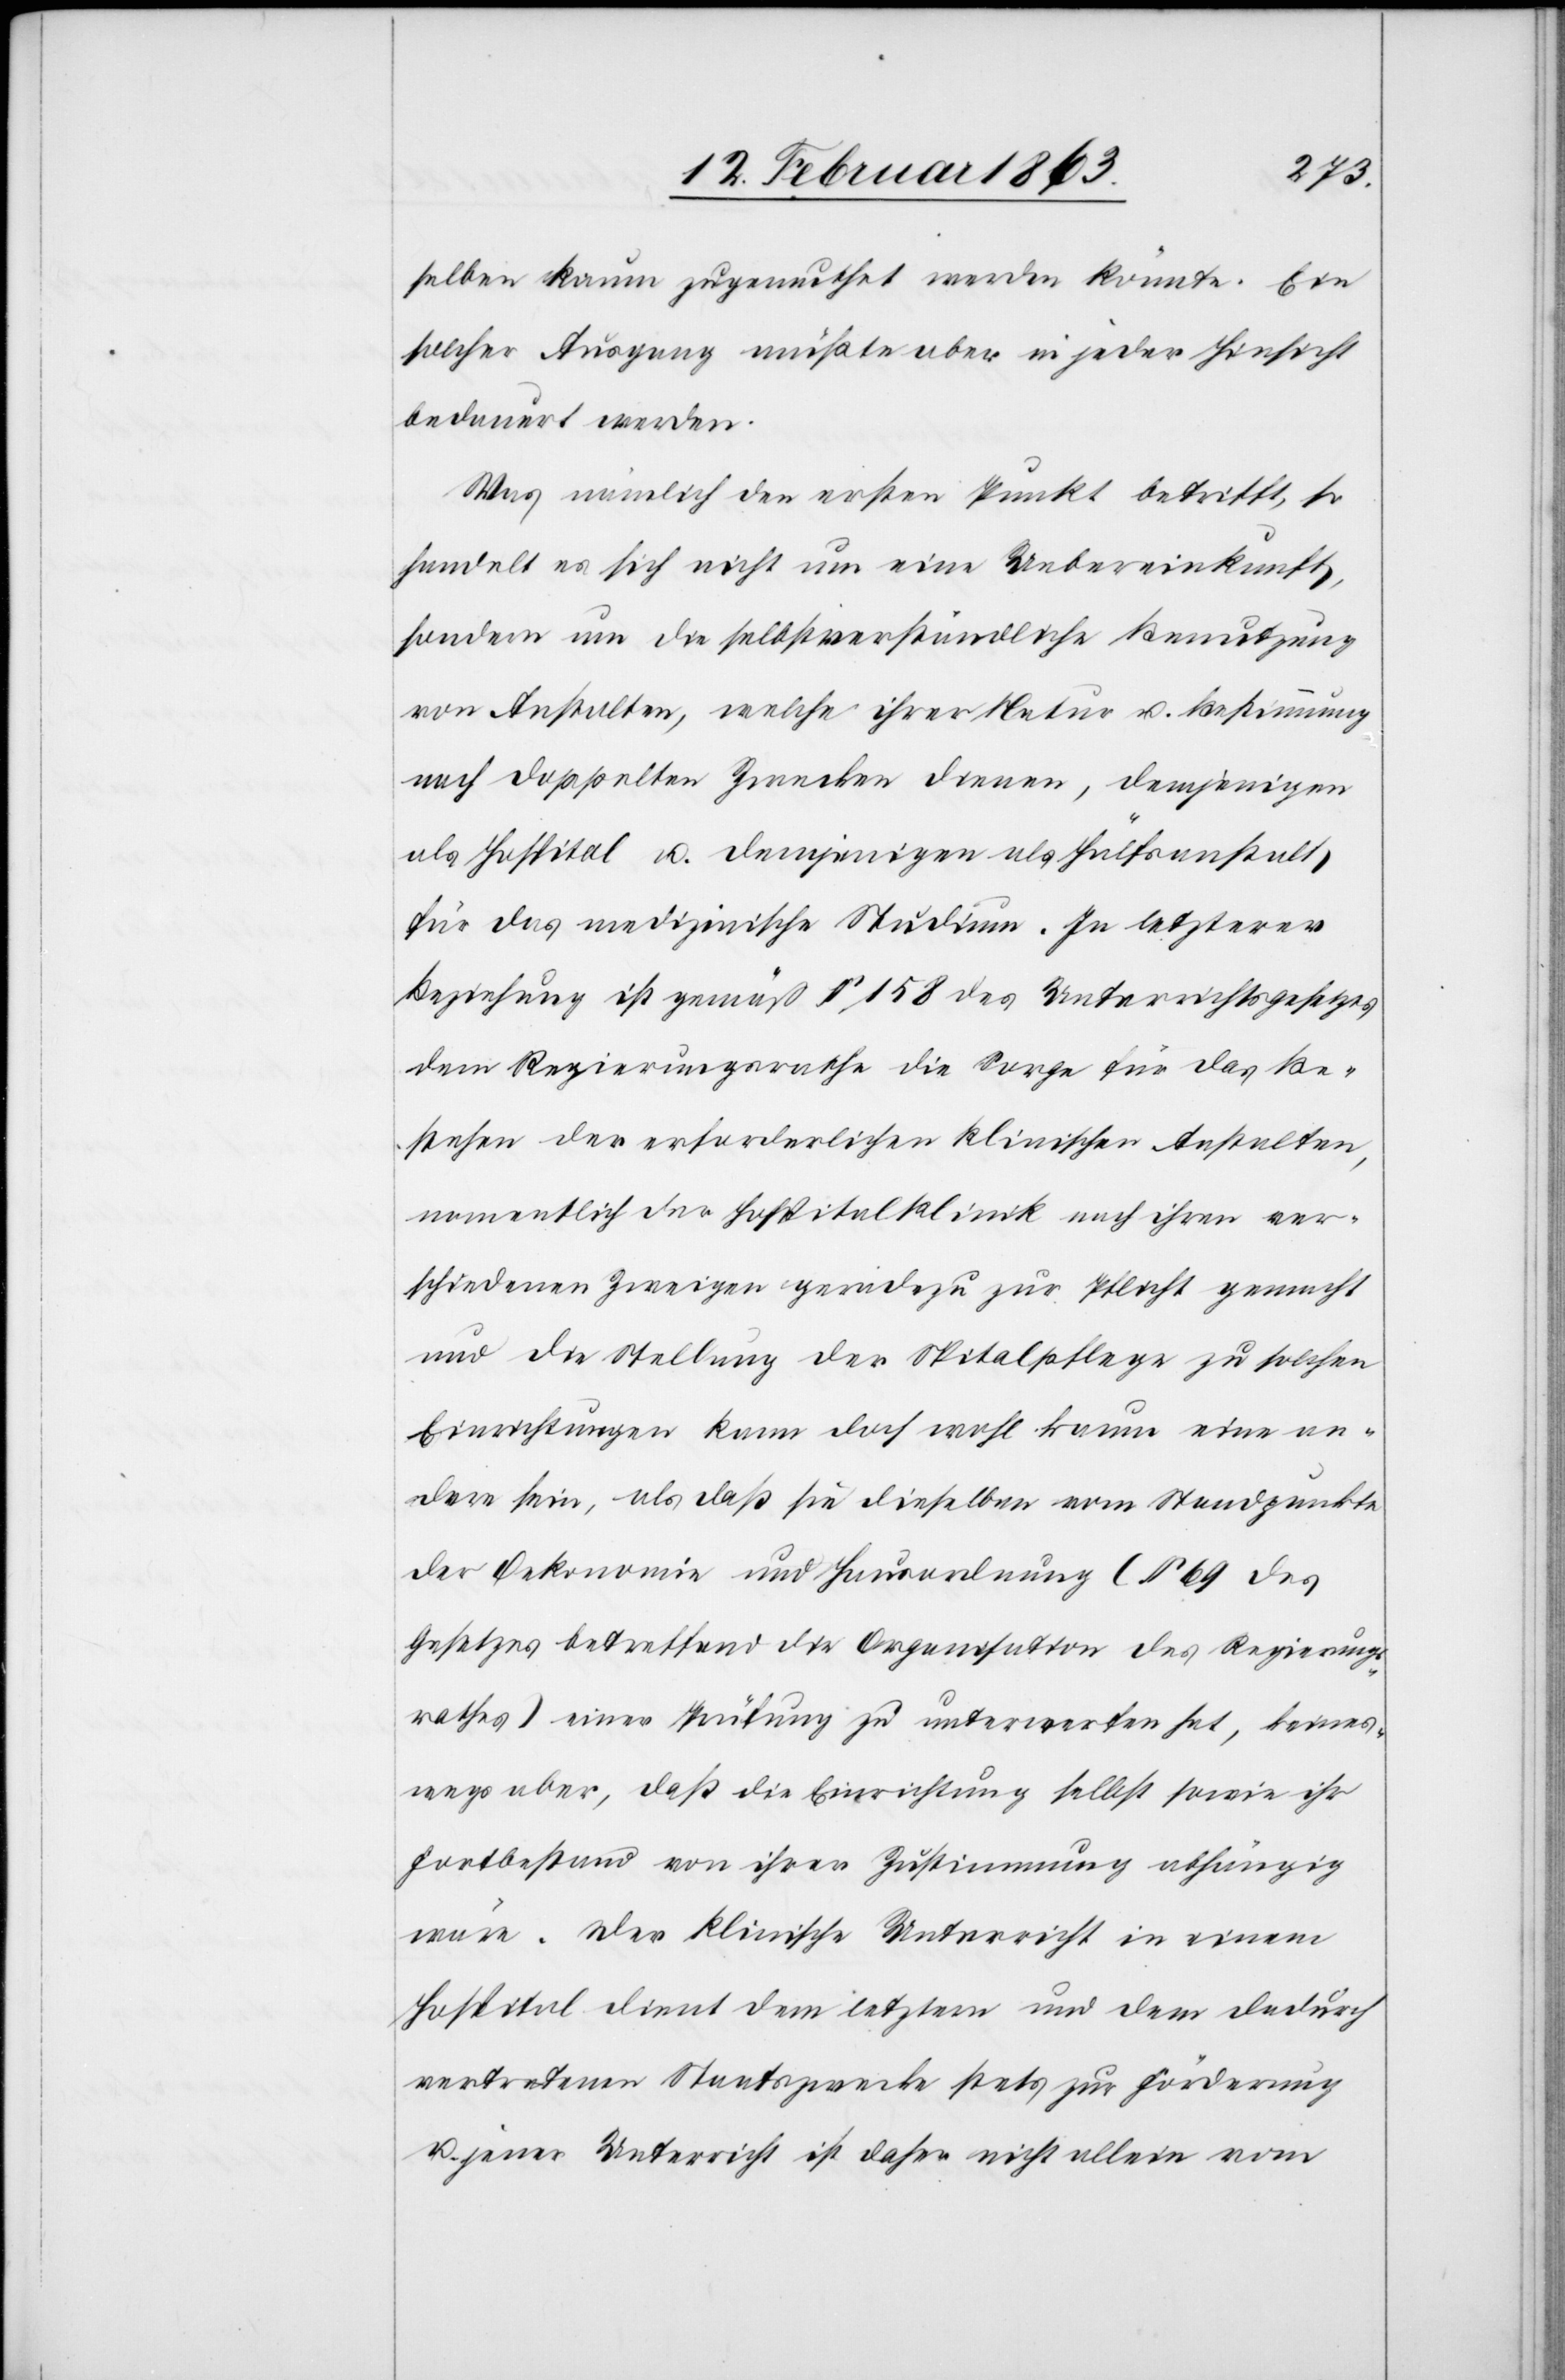
selben kaum zugemuthet werden könnte. Ein
solcher Ausgang müßte aber in jeder Hinsicht
bedauert werden.
Was nämlich den ersten Punkt betrifft, so
handelt es sich nicht um eine Uebereinkunft,
sondern um die selbstverständliche Benutzung
von Anstalten, welche ihrer Natur u. Bestimmung
nach doppelten Zwecken dienen, demjenigen
als Hospital u. demjenigen als Hülfsanstalt
für das medizinische Studium. In letzterer
Beziehung ist gemäß § 158 des Unterrichtsgesetzes
dem Regierungsrathe die Sorge für das Be¬
stehen der erforderlichen klinischen Anstalten,
namentlich der Hospitalklinik nach ihren ver¬
schiedenen Zweigen geradezu zur Pflicht gemacht
und die Stellung der Spitalpflege zu solchen
Einrichtungen kann doch wohl kaum eine an¬
dere sein, als daß sie dieselben vom Standpunkte
der Oekonomie und Hausordnung (§ 69 des
Gesetzes betreffend die Organisation des Regierungs¬
rathes) einer Prüfung zu unterwerfen hat, keines¬
wegs aber, daß die Einrichtung selbst sowie ihr
Fortbestand von ihrer Zustimmung abhängig
wäre. Der klinische Unterricht in einem
Hospital dient dem letztern und dem dadurch
vertretenen Staatszwecke stets zur Förderung
u. jener Unterricht ist daher nicht allein vom